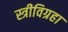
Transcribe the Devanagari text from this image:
स्त्रीविग्रहा